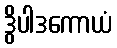
ဒွိပါဒကောယံ